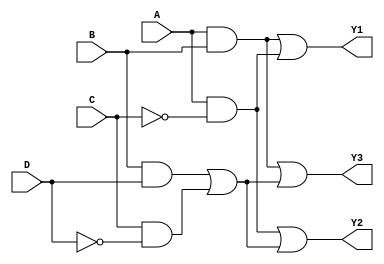
module MaskedPAL (
    input wire A,
    input wire B,
    input wire C,
    input wire D,
    output wire Y1,
    output wire Y2,
    output wire Y3
);

// Define the programmable AND gates
wire and_out1, and_out2, and_out3;

// AND gate configuration (masked connections)
// Example configuration:
// AND gate 1: A and B
// AND gate 2: A and ~C
// AND gate 3: (B and D) or (C and ~D)
assign and_out1 = A & B;           // AND gate 1 (A AND B)
assign and_out2 = A & ~C;          // AND gate 2 (A AND NOT C)
assign and_out3 = (B & D) | (C & ~D); // AND gate 3 (B AND D OR C AND NOT D)

// Fixed OR gates to produce outputs
assign Y1 = and_out1 | and_out2; // Output Y1 combines outputs from AND gate 1 and 2
assign Y2 = and_out2 | and_out3; // Output Y2 combines outputs from AND gate 2 and 3
assign Y3 = and_out1 | and_out3; // Output Y3 combines outputs from AND gate 1 and 3

endmodule